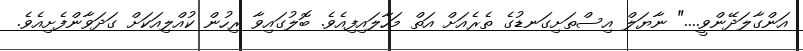
އަންގާލަދޭންވީ...." ނާޔަލް އިސްތަށިގަނޑުގެ ތެރެއަށް އަތް މަހާލައިފިއެވެ. ބޮލުގައިވާ ރިހުން ކުއްލިއަކަށް ގަދަވާންފެށިއެވެ.